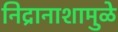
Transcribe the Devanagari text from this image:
निद्रानाशामुळे